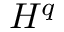
H ^ { q }